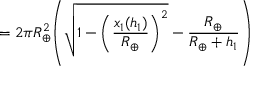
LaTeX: = 2 \pi { R _ { \oplus } ^ { 2 } } { \left( { { \sqrt { 1 - { \left( { \frac { x _ { 1 } ( { h _ { 1 } } ) } { R _ { \oplus } } } \right) ^ { 2 } } } } - { \frac { R _ { \oplus } } { R _ { \oplus } + { h _ { 1 } } } } } \right) }